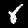
Label: 8